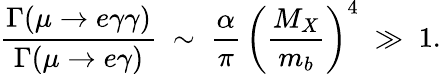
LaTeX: \frac{\Gamma(\mu\to e\gamma\gamma)}{\Gamma(\mu\to e\gamma)}\; \sim\; \frac{\alpha}{\pi}\, \left(\frac{M_{X}}{m_{b}}\right)^{4}\; \gg\; 1.